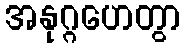
အနုဂ္ဂဟေတွာ